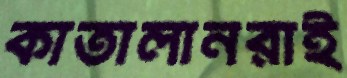
কাতালানরাই